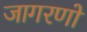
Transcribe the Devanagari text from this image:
जागरणों